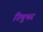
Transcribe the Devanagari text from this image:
रिमूभर